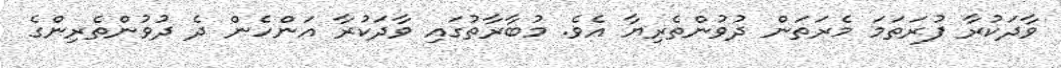
ވާދަކުރާ ފުރަތަމަ މެރަތަން ދުވުންތެރިޔާ އެވެ. މުބާރާތުގައި ވާދަކުރާ އަންހެން ދެ ދުވުންތެރިންގެ